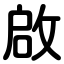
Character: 啟